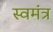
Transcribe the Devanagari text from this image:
स्वमंत्र